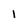
Character: 1